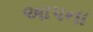
અાપના